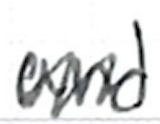
Text: and
Cross-out: zig-zag
Writing tool: ballpoint